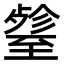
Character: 𦥋